Indian journal of veterinary science and animal husbandry - Volumes 18-21, 1948-1951
Year: 1948
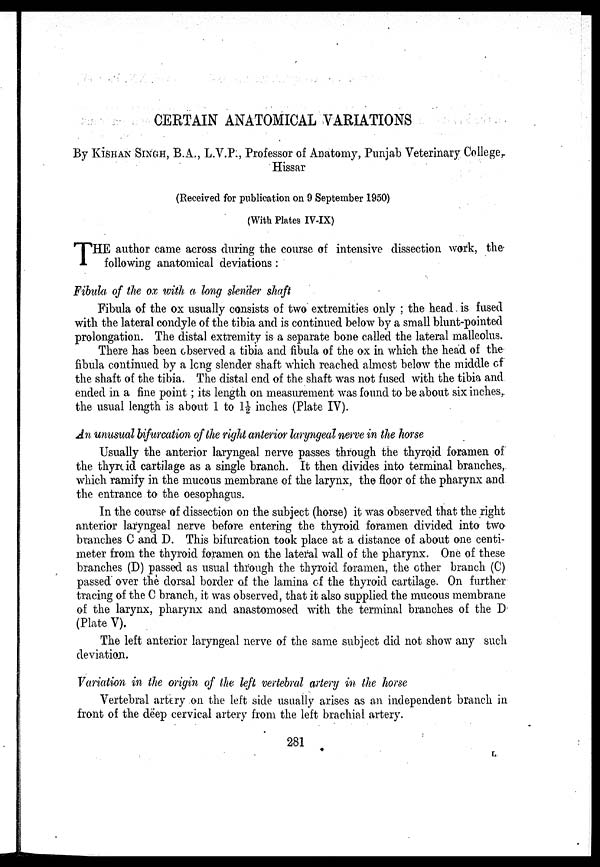
CERTAIN ANATOMICAL VARIATIONS
By KISHAN SINGH, B.A., L.V.P., Professor of Anatomy, Punjab Veterinary College,
Hissar
(Received for publication on 9 September 1950)
(With Plates IV-IX)
T HE author came across during the course of intensive dissection work, the
following anatomical deviations:
Fibula of the ox with a long slender shaft
Fibula of the ox usually consists of two extremities only; the head is fused
with the lateral condyle of the tibia and is continued below by a small blunt-pointed
prolongation. The distal extremity is a separate bone called the lateral malleolus.
There has been observed a tibia and fibula of the ox in which the head of the
fibula continued by a long slender shaft which reached almost below the middle of
the shaft of the tibia. The distal end of the shaft was not fused with the tibia and
ended in a fine point; its length on measurement was found to be about six inches,
the usual length is about 1 to 1½ inches (Plate IV).
An unusual bifurcation of the right anterior laryngeal nerve in the horse
Usually the anterior laryngeal nerve passes through the thyroid foramen of
the thyroid cartilage as a single branch. It then divides into terminal branches,
which ramify in the mucous membrane of the larynx, the floor of the pharynx and
the entrance to the oesophagus.
In the course of dissection on the subject (horse) it was observed that the right
anterior laryngeal nerve before entering the thyroid foramen divided into two
branches C and D. This bifurcation took place at a distance of about one centi-
meter from the thyroid foramen on the lateral wall of the pharynx. One of these
branches (D) passed as usual through the thyroid foramen, the other branch (C)
passed over the dorsal border of the lamina of the thyroid cartilage. On further
tracing of the C branch, it was observed, that it also supplied the mucous membrane
of the larynx, pharynx and anastomosed with the terminal branches of the D
(Plate V).
The left anterior laryngeal nerve of the same subject did not show any such
deviation.
Variation in the origin of the left vertebral artery in the horse
Vertebral artery on the left side usually arises as an independent branch in
front of the deep cervical artery from the left brachial artery.
281
L